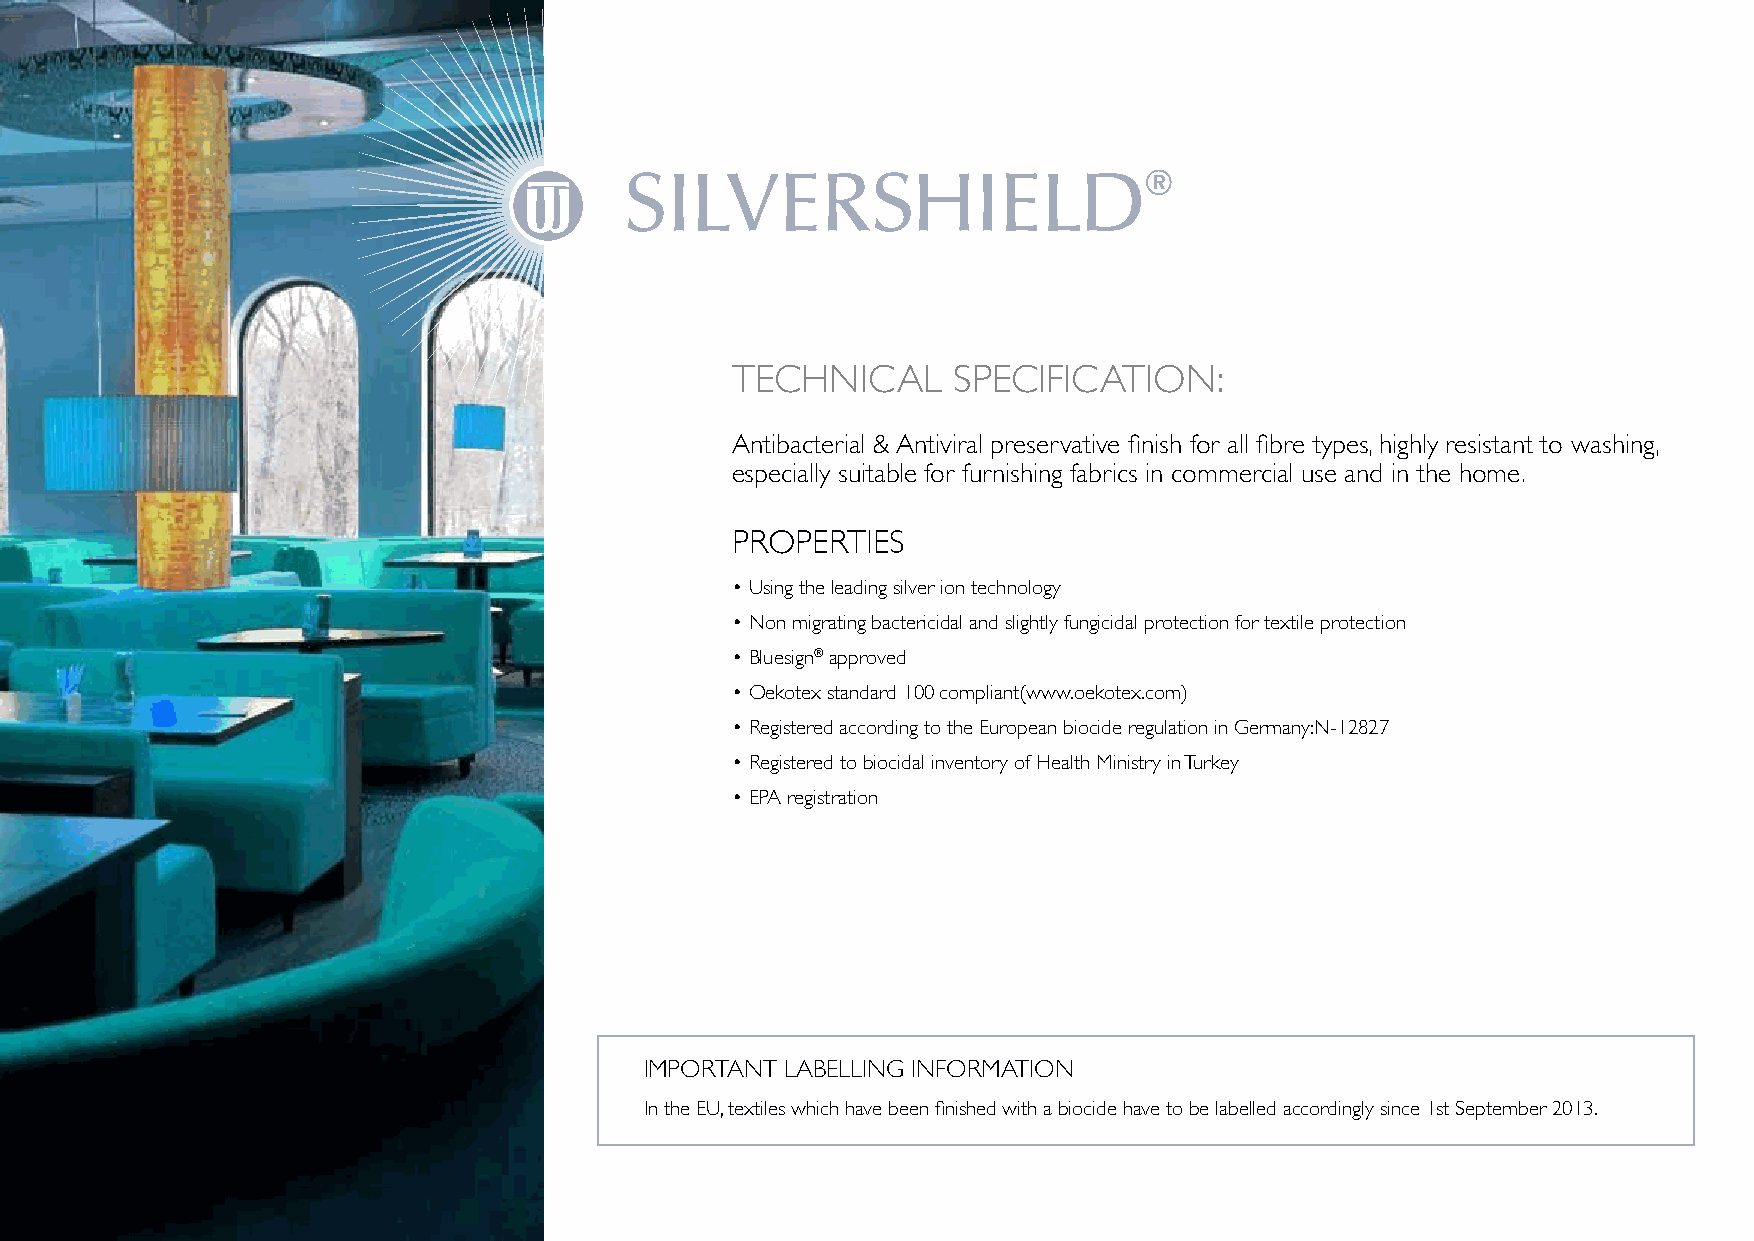
SILVERSHIELD®
 TECHNICAL      SPECIFICATION:
 Antibacterial & Antiviral preservative finish for all fibre types, highly resistant to washing,
 especially suitable for furnishing fabrics in commercial use and in the home.
 PROPERTIES
 • Using the leading silver ion technology
 • Non migrating bactericidal and slightly fungicidal protection for textile protection
 • Bluesign® approved
 • Oekotex standard 100 compliant(www.oekotex.com)
 • Registered according to the European biocide regulation in Germany:N-12827
 • Registered to biocidal inventory of Health Ministry in Turkey
 • EPA registration
 IMPORTANT LABELLING INFORMATION
 In the EU, textiles which have been finished with a biocide have to be labelled accordingly since 1st September 2013.